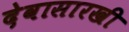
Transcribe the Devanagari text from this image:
देवासारखी